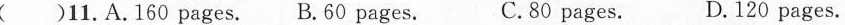
( )12.A.He asked someone else to paint the wall.